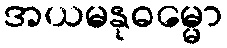
အယမနုဓမ္မော